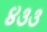
૪૩૩